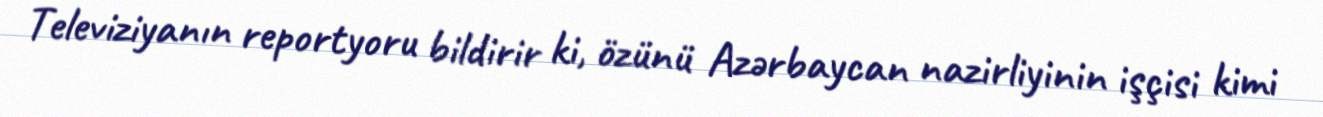
Televiziyanın reportyoru bildirir ki, özünü Azərbaycan nazirliyinin işçisi kimi